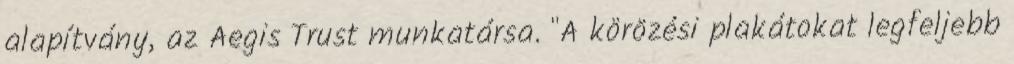
alapítvány, az Aegis Trust munkatársa. "A körözési plakátokat legfeljebb